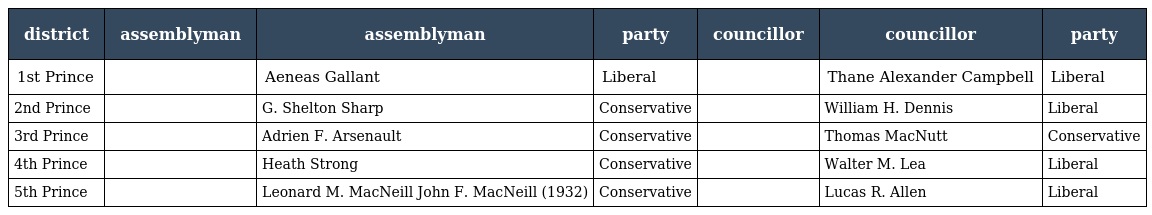
| district | assemblyman | assemblyman | party | councillor | councillor | party |
 | --- | --- | --- | --- | --- | --- | --- |
 | 1st Prince |  | Aeneas Gallant | Liberal |  | Thane Alexander Campbell | Liberal |
 | 2nd Prince |  | G. Shelton Sharp | Conservative |  | William H. Dennis | Liberal |
 | 3rd Prince |  | Adrien F. Arsenault | Conservative |  | Thomas MacNutt | Conservative |
 | 4th Prince |  | Heath Strong | Conservative |  | Walter M. Lea | Liberal |
 | 5th Prince |  | Leonard M. MacNeill John F. MacNeill (1932) | Conservative |  | Lucas R. Allen | Liberal |